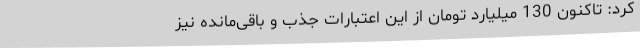
کرد: تاکنون 130 میلیارد تومان از این اعتبارات جذب و باقی‌مانده نیز